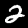
Label: 2